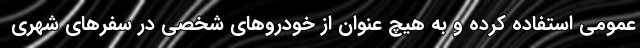
عمومی استفاده کرده و به هیچ عنوان از خودروهای شخصی در سفرهای شهری